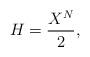
LaTeX: \begin{align*}H= \frac{X^N}{2},\end{align*}